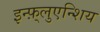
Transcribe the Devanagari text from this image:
इन्फ़्लुएन्शिय